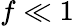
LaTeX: f\ll 1